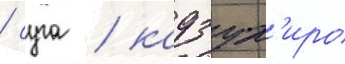
/ суга / кадзух'иро